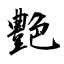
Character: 艶